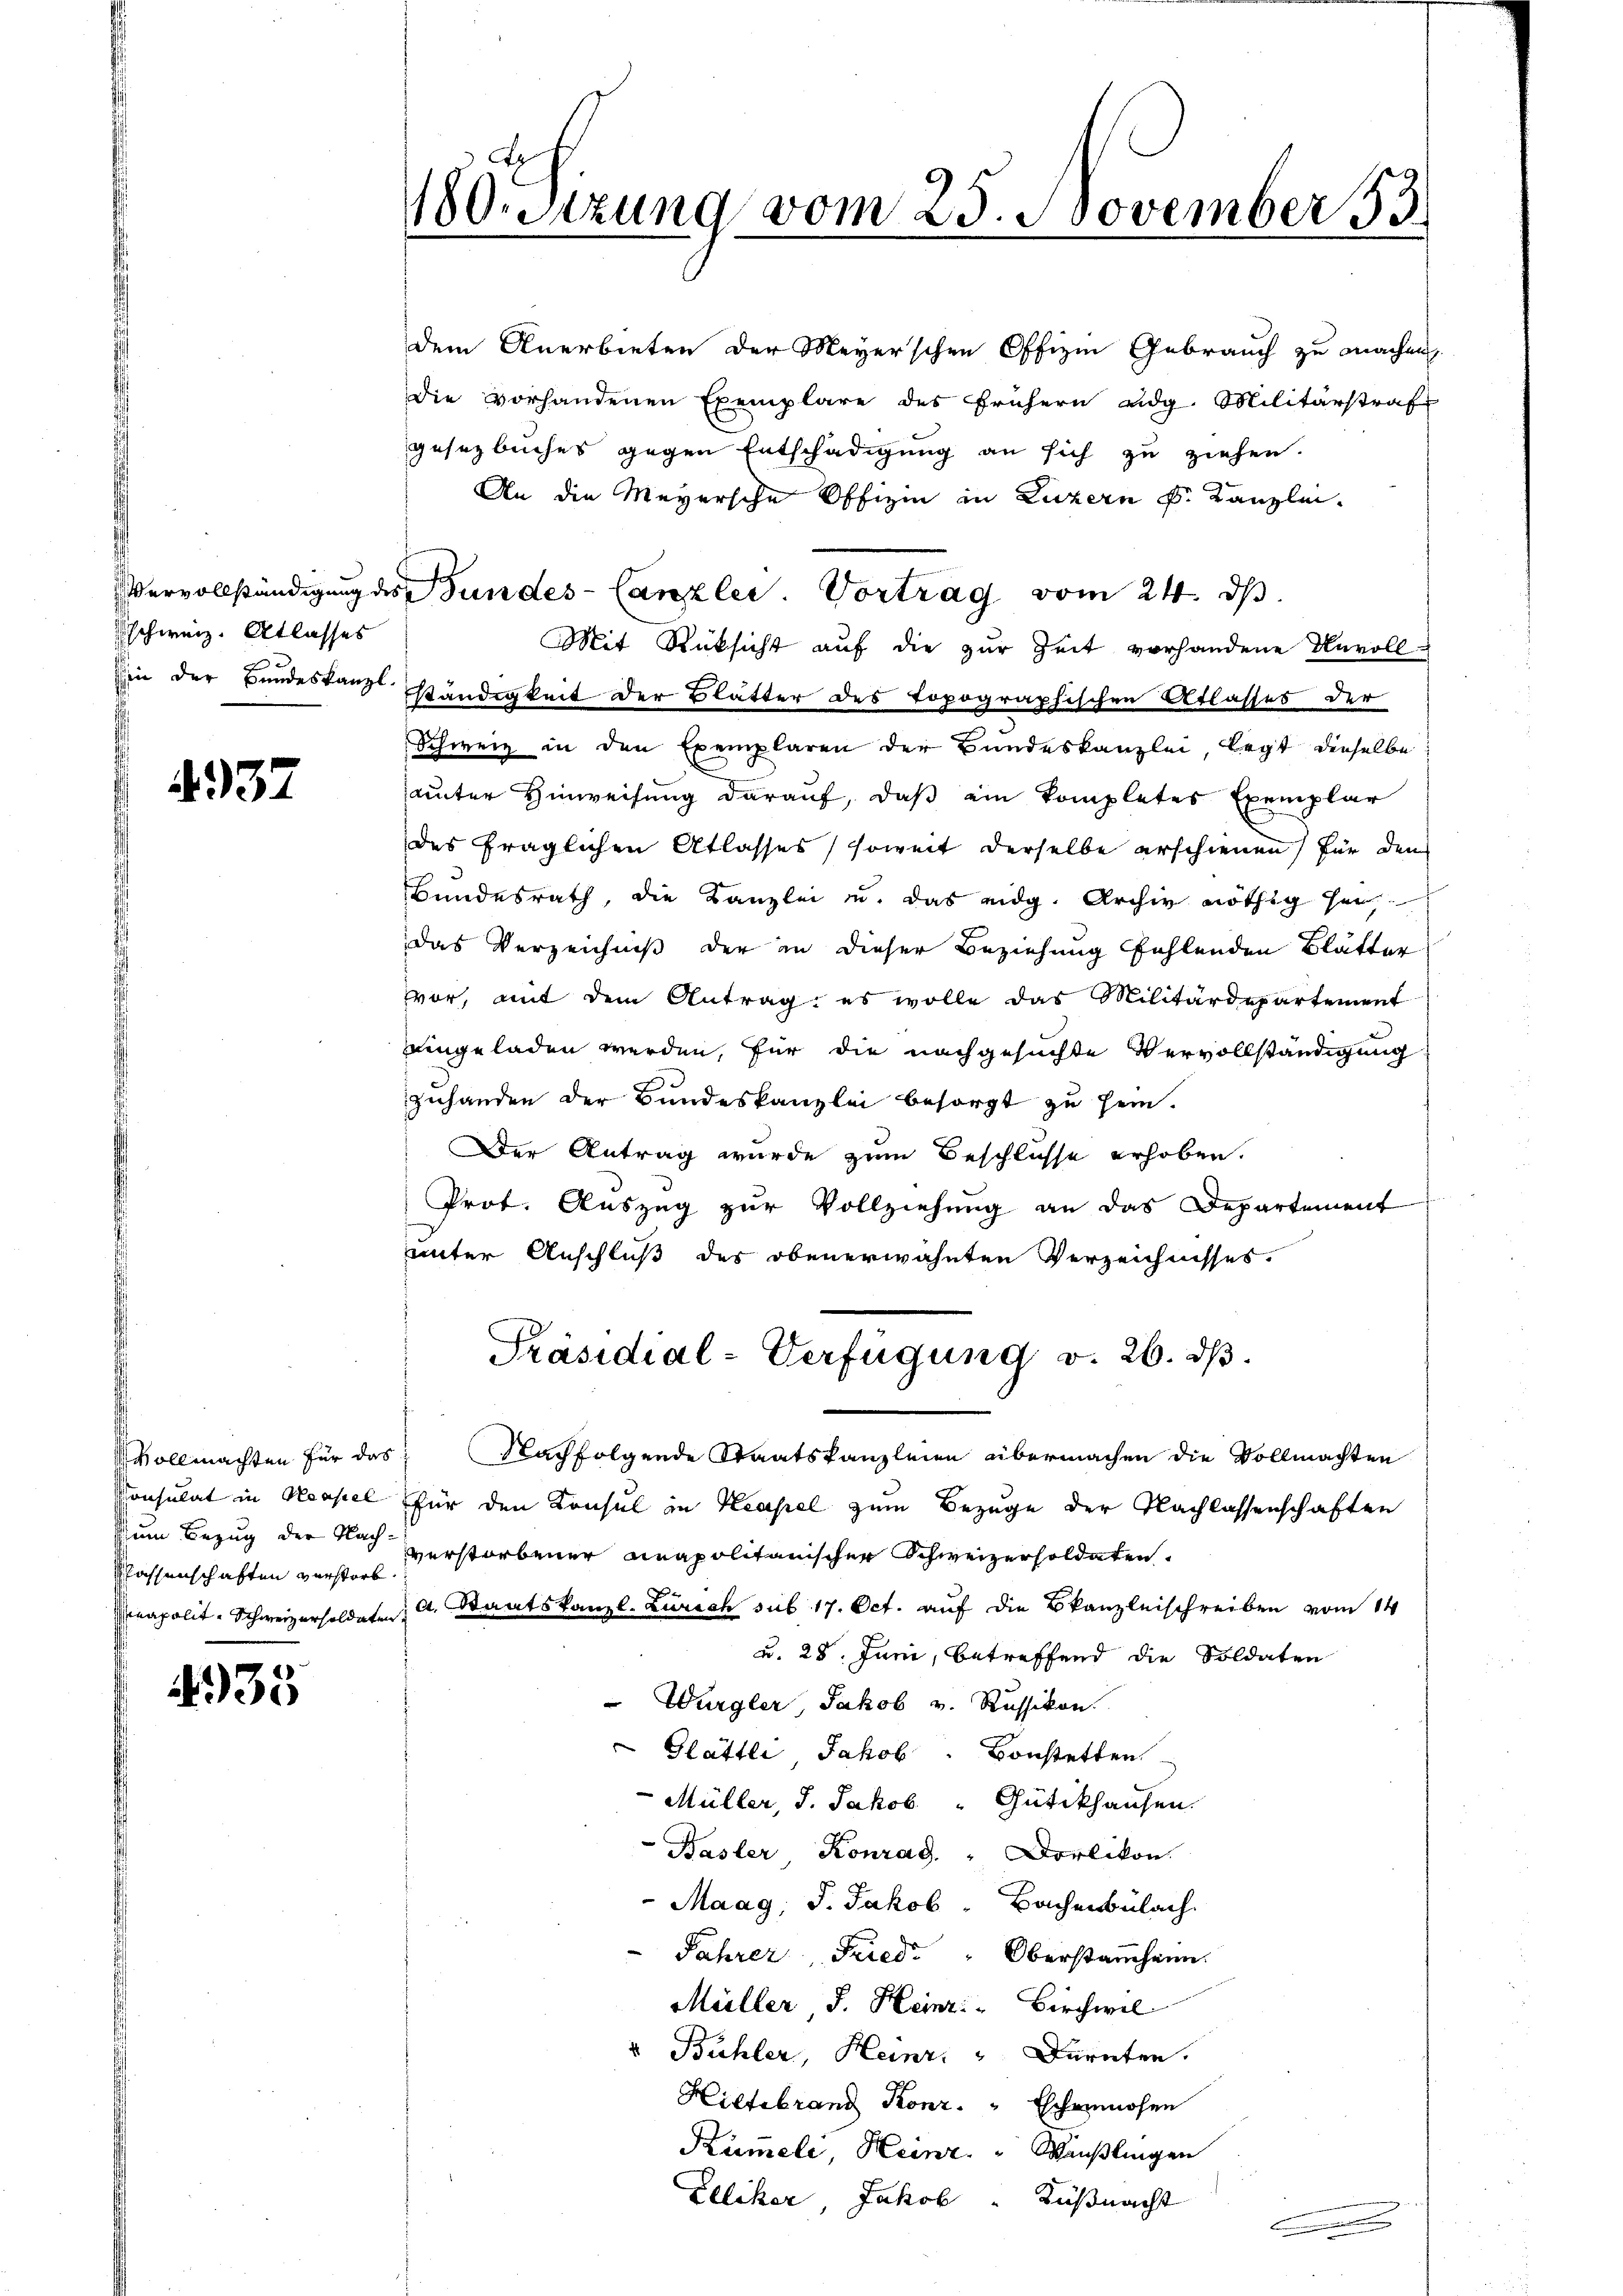
schweiz. Atlasses
shin der Bundeskanzl

4937

vollmachten für das
classenschaften verstorb

935

180. Sizung vom 25. November 33.

die vorhandenen Exemplare des frühern eidg. Militärstraf
gesetzbuches gegen Entschädigung an sich zu ziehen.
An die Meyersche Offizin in Luzern k. Kanzlei-
Vervollständigung des Bundes-Canzlei. Vortrag vom 24. ds.
Mit Rücksicht aŭf die zŭr Zeit vorhandene Unvoll-
ständigkeit der Blätter des topographischen Atlasses der
Schweiz in den Exemplaren der Bundeskanzlei, legt dieselbe
unter Hinweisung darauf, daß ein kompletes Exemplar
des fraglichen Atlasses, soweit derselbe erschienen für den
Bundesrath, die Kanzlei u. das eidg. Archiv nöthig sei,
das Verzeichniß der in dieser Beziehung fehlenden Blätter
vor, mit dem Antrag: es wolle das Militärdepartement
eingeladen werden, für die nachgesuchte Vervollständigung
zuhanden der Bundeskanzlei besorgt zu sein.
Der Antrag wurde zum Beschlüsse erhoben.
Prot. Aŭszŭg zŭr Vollziehŭng an das Departement
unter Anschluß der obenerwähnten Verzeichnisses.
Präsidial-Verfügung v. 26. dβ.
Nachfolgende Staatskanzleien übermachen die Vollmachten
Konsulat in Neapel für den Konsul in Kapel zum Bezuge der Nachlassenschaften
dum Bezug der Nach zerstorbener anapolitanischer Schweizersoldaten.
eapolit. Schweizersoldate d. Staatskanzl. Zürich sub 17. Oct. auf die Bekanzleischreiben vom 14
u. 28. Juni, betreffend die Soldaten
Wurgler, Jakob v. Russikon.
Glättli Jakob. Bonstetten
Müller, J. Jakob "Gütikhausen.
Basler Konrad. " Dorlikon.
Maag, J. Jakob Bachenbülach
Jahrer, Fried " Oberstammheim.
Müller, J. Heinzi - Birchwel
u Bühler, Heinr. " Dürnten.
Hillebrand Konz. " Eschenmosen
Rümeli Heinr. Wäußlingen
Elliker, Jakob Küßnachst
.

dem Anerbieten der Meyerschen Offizien Gebrauch zu machen